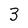
Character: 3